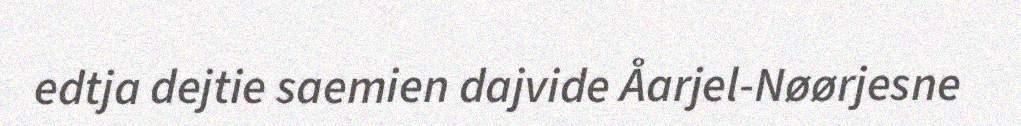
edtja dejtie saemien dajvide Åarjel-Nøørjesne